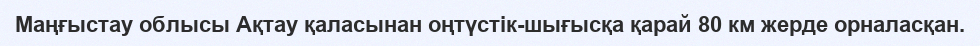
Маңғыстау облысы Ақтау қаласынан оңтүстік-шығысқа қарай 80 км жерде орналасқан.